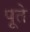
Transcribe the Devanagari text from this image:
पूते